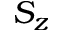
S _ { z }